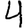
Digit: 4